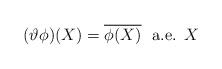
LaTeX: \begin{align*}(\vartheta \phi)(X)=\overline{\phi(X)}\ \ \mbox{a.e. $X$} \end{align*}